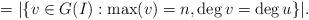
LaTeX: \begin{align*}=|\{v\in G(I): \max(v)=n, \deg v=\deg u\}|.\end{align*}